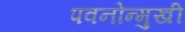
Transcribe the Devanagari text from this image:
पवनोन्मुखी